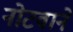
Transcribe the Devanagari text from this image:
नोटवाने